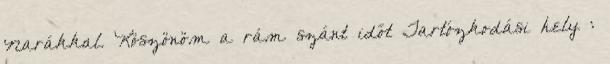
Narákkal. Köszönöm a rám szánt időt Tartózkodási hely :